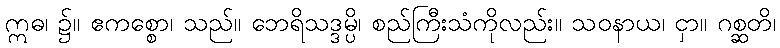
ဣဓ၊ ၌။ ဧကစ္စော၊ သည်။ ဘေရိသဒ္ဒမ္ပိ၊ စည်ကြီးသံကိုလည်း။ သဝနာယ၊ ငှာ။ ဂစ္ဆတိ၊